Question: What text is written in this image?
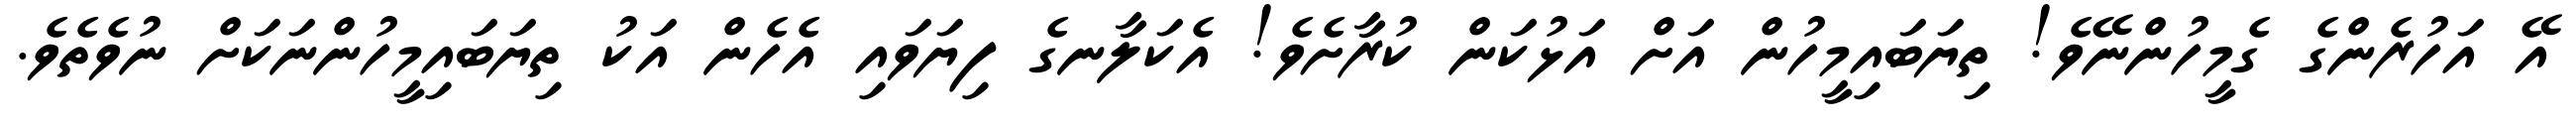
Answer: އޭ އަހުރެންގެ ގެމީހުންނޭވެ! ތިޔަބައިމީހުން އަށް އަޅުކަން ކުރާށެވެ! އެކަލާނގެ ފިޔަވައި އެހެން އަކު ތިޔަބައިމީހުންނަކަށް ނުވެތެވެ.